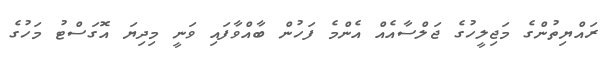
ރައްޔިތުންގެ މަޖިލީހުގެ ޖަލްސާއެއް އެންމެ ފަހުން ބާއްވާފައި ވަނީ މިދިޔަ އޮގަސްޓު މަހުގެ